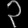
Digit: ၃